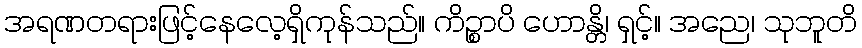
အရဏတရားဖြင့်နေလေ့ရှိကုန်သည်။ ကိဉ္စာပိ ဟောန္တိ၊ ရှင့်။ အညေ၊ သုဘူတိ